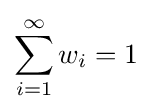
\sum _{i=1}^{\infty }w_{i}=1